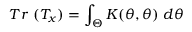
T r ~ ( T _ { x } ) = \int _ { \Theta } K ( \theta , \theta ) ~ d \theta